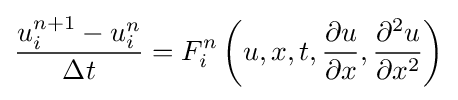
{\frac {u_{i}^{n+1}-u_{i}^{n}}{\Delta t}}=F_{i}^{n}\left(u,x,t,{\frac {\partial u}{\partial x}},{\frac {\partial ^{2}u}{\partial x^{2}}}\right)